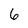
Character: 6